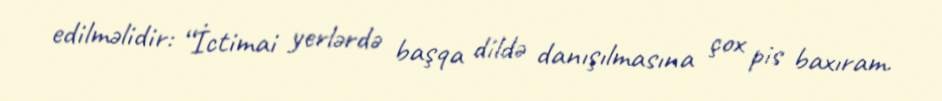
edilməlidir: “İctimai yerlərdə başqa dildə danışılmasına çox pis baxıram.